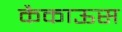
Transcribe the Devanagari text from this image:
कैकाऊस